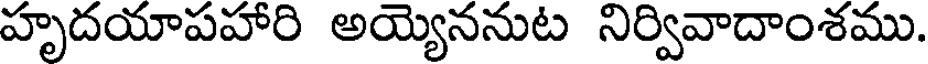
హృదయాపహారి అయ్యననుట నిర్వివాదాంశము.